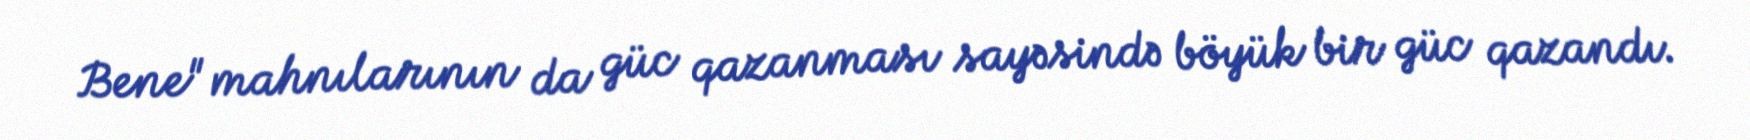
Bene" mahnılarının da güc qazanması sayəsində böyük bir güc qazandı.